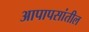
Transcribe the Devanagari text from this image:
आपापसांतील